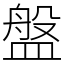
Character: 盤